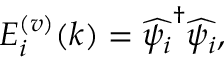
E _ { i } ^ { ( v ) } ( k ) = \widehat { \psi _ { i } } ^ { \dagger } \widehat { \psi _ { i } } ,